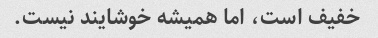
خفیف است، اما همیشه خوشایند نیست.